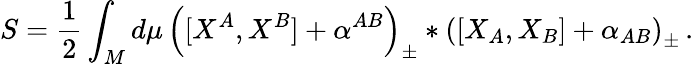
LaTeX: S=\frac 12\int_{M}d\mu\, \left([X^{A},X^{B}]+\alpha^{AB}\right)_{\pm}\ast\left([X_{A},X_{B}]+\alpha_{AB}\right)_{\pm}\, .